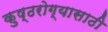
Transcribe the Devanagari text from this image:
कुष्ठरोग्यासाठी